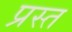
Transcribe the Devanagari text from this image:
प्रस्त